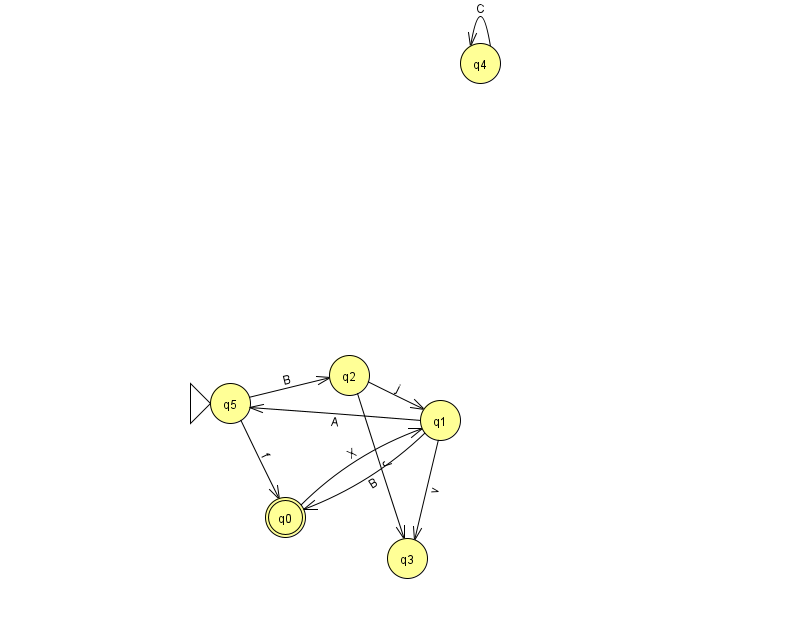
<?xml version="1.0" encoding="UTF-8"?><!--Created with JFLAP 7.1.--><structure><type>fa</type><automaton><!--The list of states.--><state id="0" name="q0"><x>285.0</x><y>504.0</y><final/></state><state id="1" name="q1"><x>440.0</x><y>407.0</y></state><state id="2" name="q2"><x>349.0</x><y>362.0</y></state><state id="3" name="q3"><x>407.0</x><y>545.0</y></state><state id="4" name="q4"><x>480.0</x><y>50.0</y></state><state id="5" name="q5"><x>230.0</x><y>390.0</y><initial/></state><!--The list of transitions.--><transition><from>1</from><to>0</to><read>B</read></transition><transition><from>2</from><to>1</to><read>j</read></transition><transition><from>2</from><to>3</to><read>J</read></transition><transition><from>4</from><to>4</to><read>C</read></transition><transition><from>1</from><to>3</to><read>v</read></transition><transition><from>5</from><to>2</to><read>B</read></transition><transition><from>0</from><to>1</to><read>X</read></transition><transition><from>5</from><to>0</to><read>f</read></transition><transition><from>1</from><to>5</to><read>A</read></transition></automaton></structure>